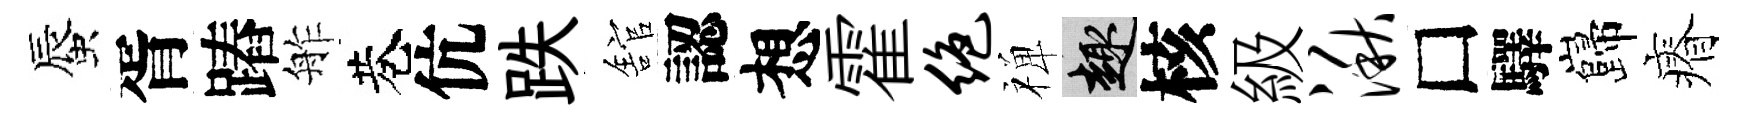
蜃胥蹖舴巷伉跌舘認想霍绝禅趣核級湫□驛巋瘠